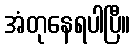
အံတုနေရပါပြီ။